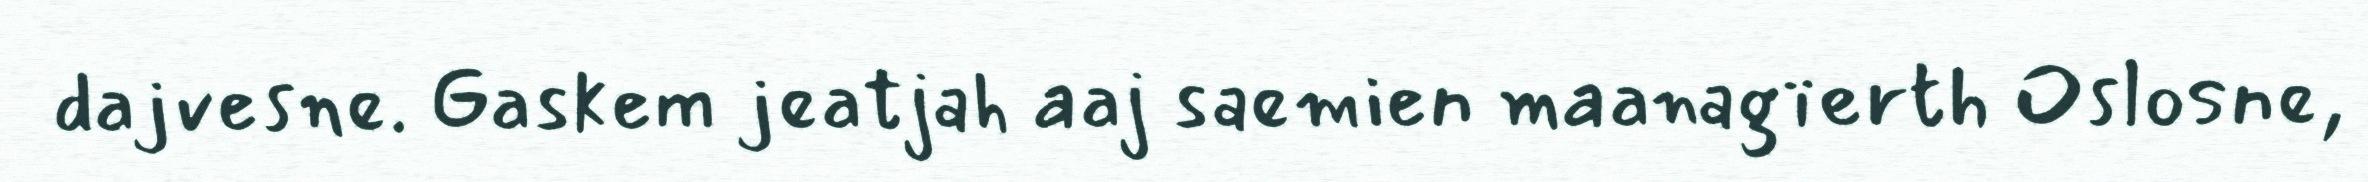
dajvesne. Gaskem jeatjah aaj saemien maanagïerth Oslosne,